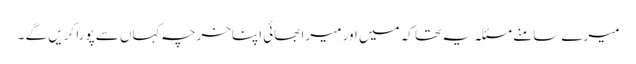
میرے سامنے مسئلہ یہ تھا کہ میں اور میرا بھائی اپناخرچہ کہاں سے پورا کریں گے ۔